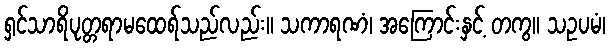
ရှင်သာရိပုတ္တရာမထေရ်သည်လည်း။ သကာရဏံ၊ အကြောင်းနှင့် တကွ။ သဥပမံ၊